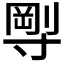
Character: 𡬼